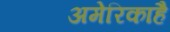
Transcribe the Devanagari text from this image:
अमेरिकाहै